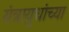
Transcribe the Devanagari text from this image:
यंत्रायुधांच्या